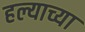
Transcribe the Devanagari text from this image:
हल्याच्या